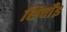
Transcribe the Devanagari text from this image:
सिचाँइ